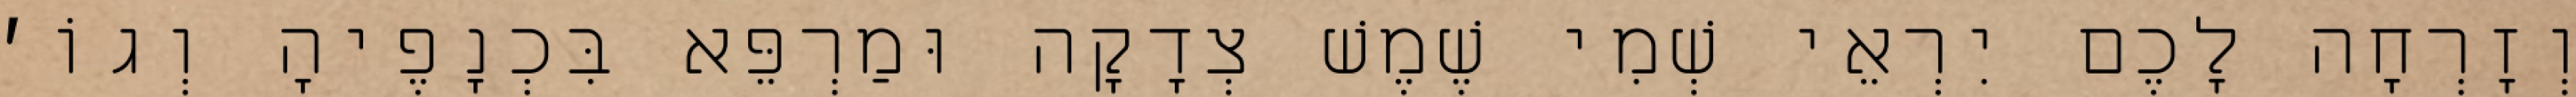
וְזָרְחָה לָכֶם יִרְאֵי שְׁמִי שֶׁמֶשׁ צְדָקָה וּמַרְפֵּא בִּכְנָפֶיהָ וְגוֹ׳